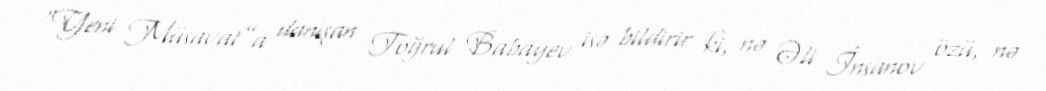
“Yeni Müsavat”a danışan Toğrul Babayev isə bildirir ki, nə Əli İnsanov özü, nə